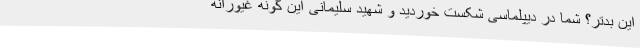
این بدتر؟ شما در دیپلماسی شکست خوردید و شهید سلیمانی این گونه غیورانه